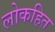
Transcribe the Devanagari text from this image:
लोकहित